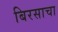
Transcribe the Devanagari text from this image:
बिरसाचा